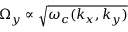
{ \Omega } _ { y } \propto \sqrt { \omega _ { c } ( k _ { x } , k _ { y } ) }